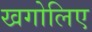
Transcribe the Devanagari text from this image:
खगोलिए